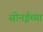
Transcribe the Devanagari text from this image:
सोनईच्या